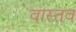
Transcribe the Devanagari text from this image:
वास्तव